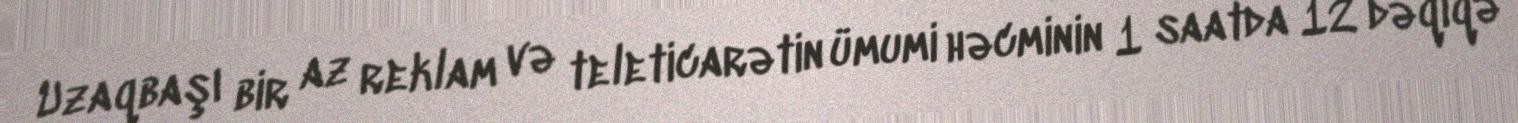
Uzaqbaşı bir az reklam və teleticarətin ümumi həcminin 1 saatda 12 dəqiqə